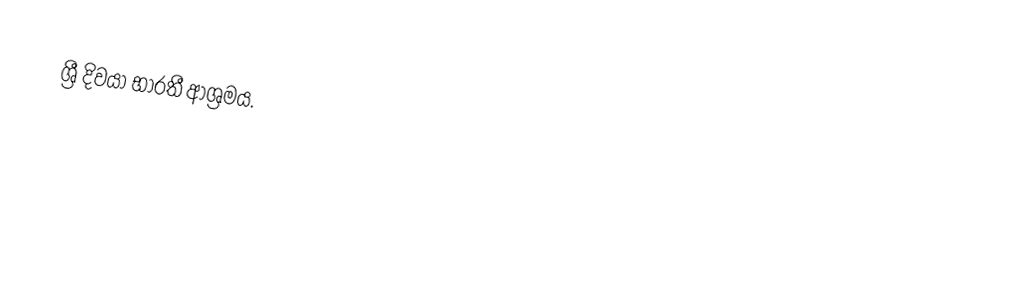
ශ්‍රී දිවයා භාරතී ආශ්‍රමය.